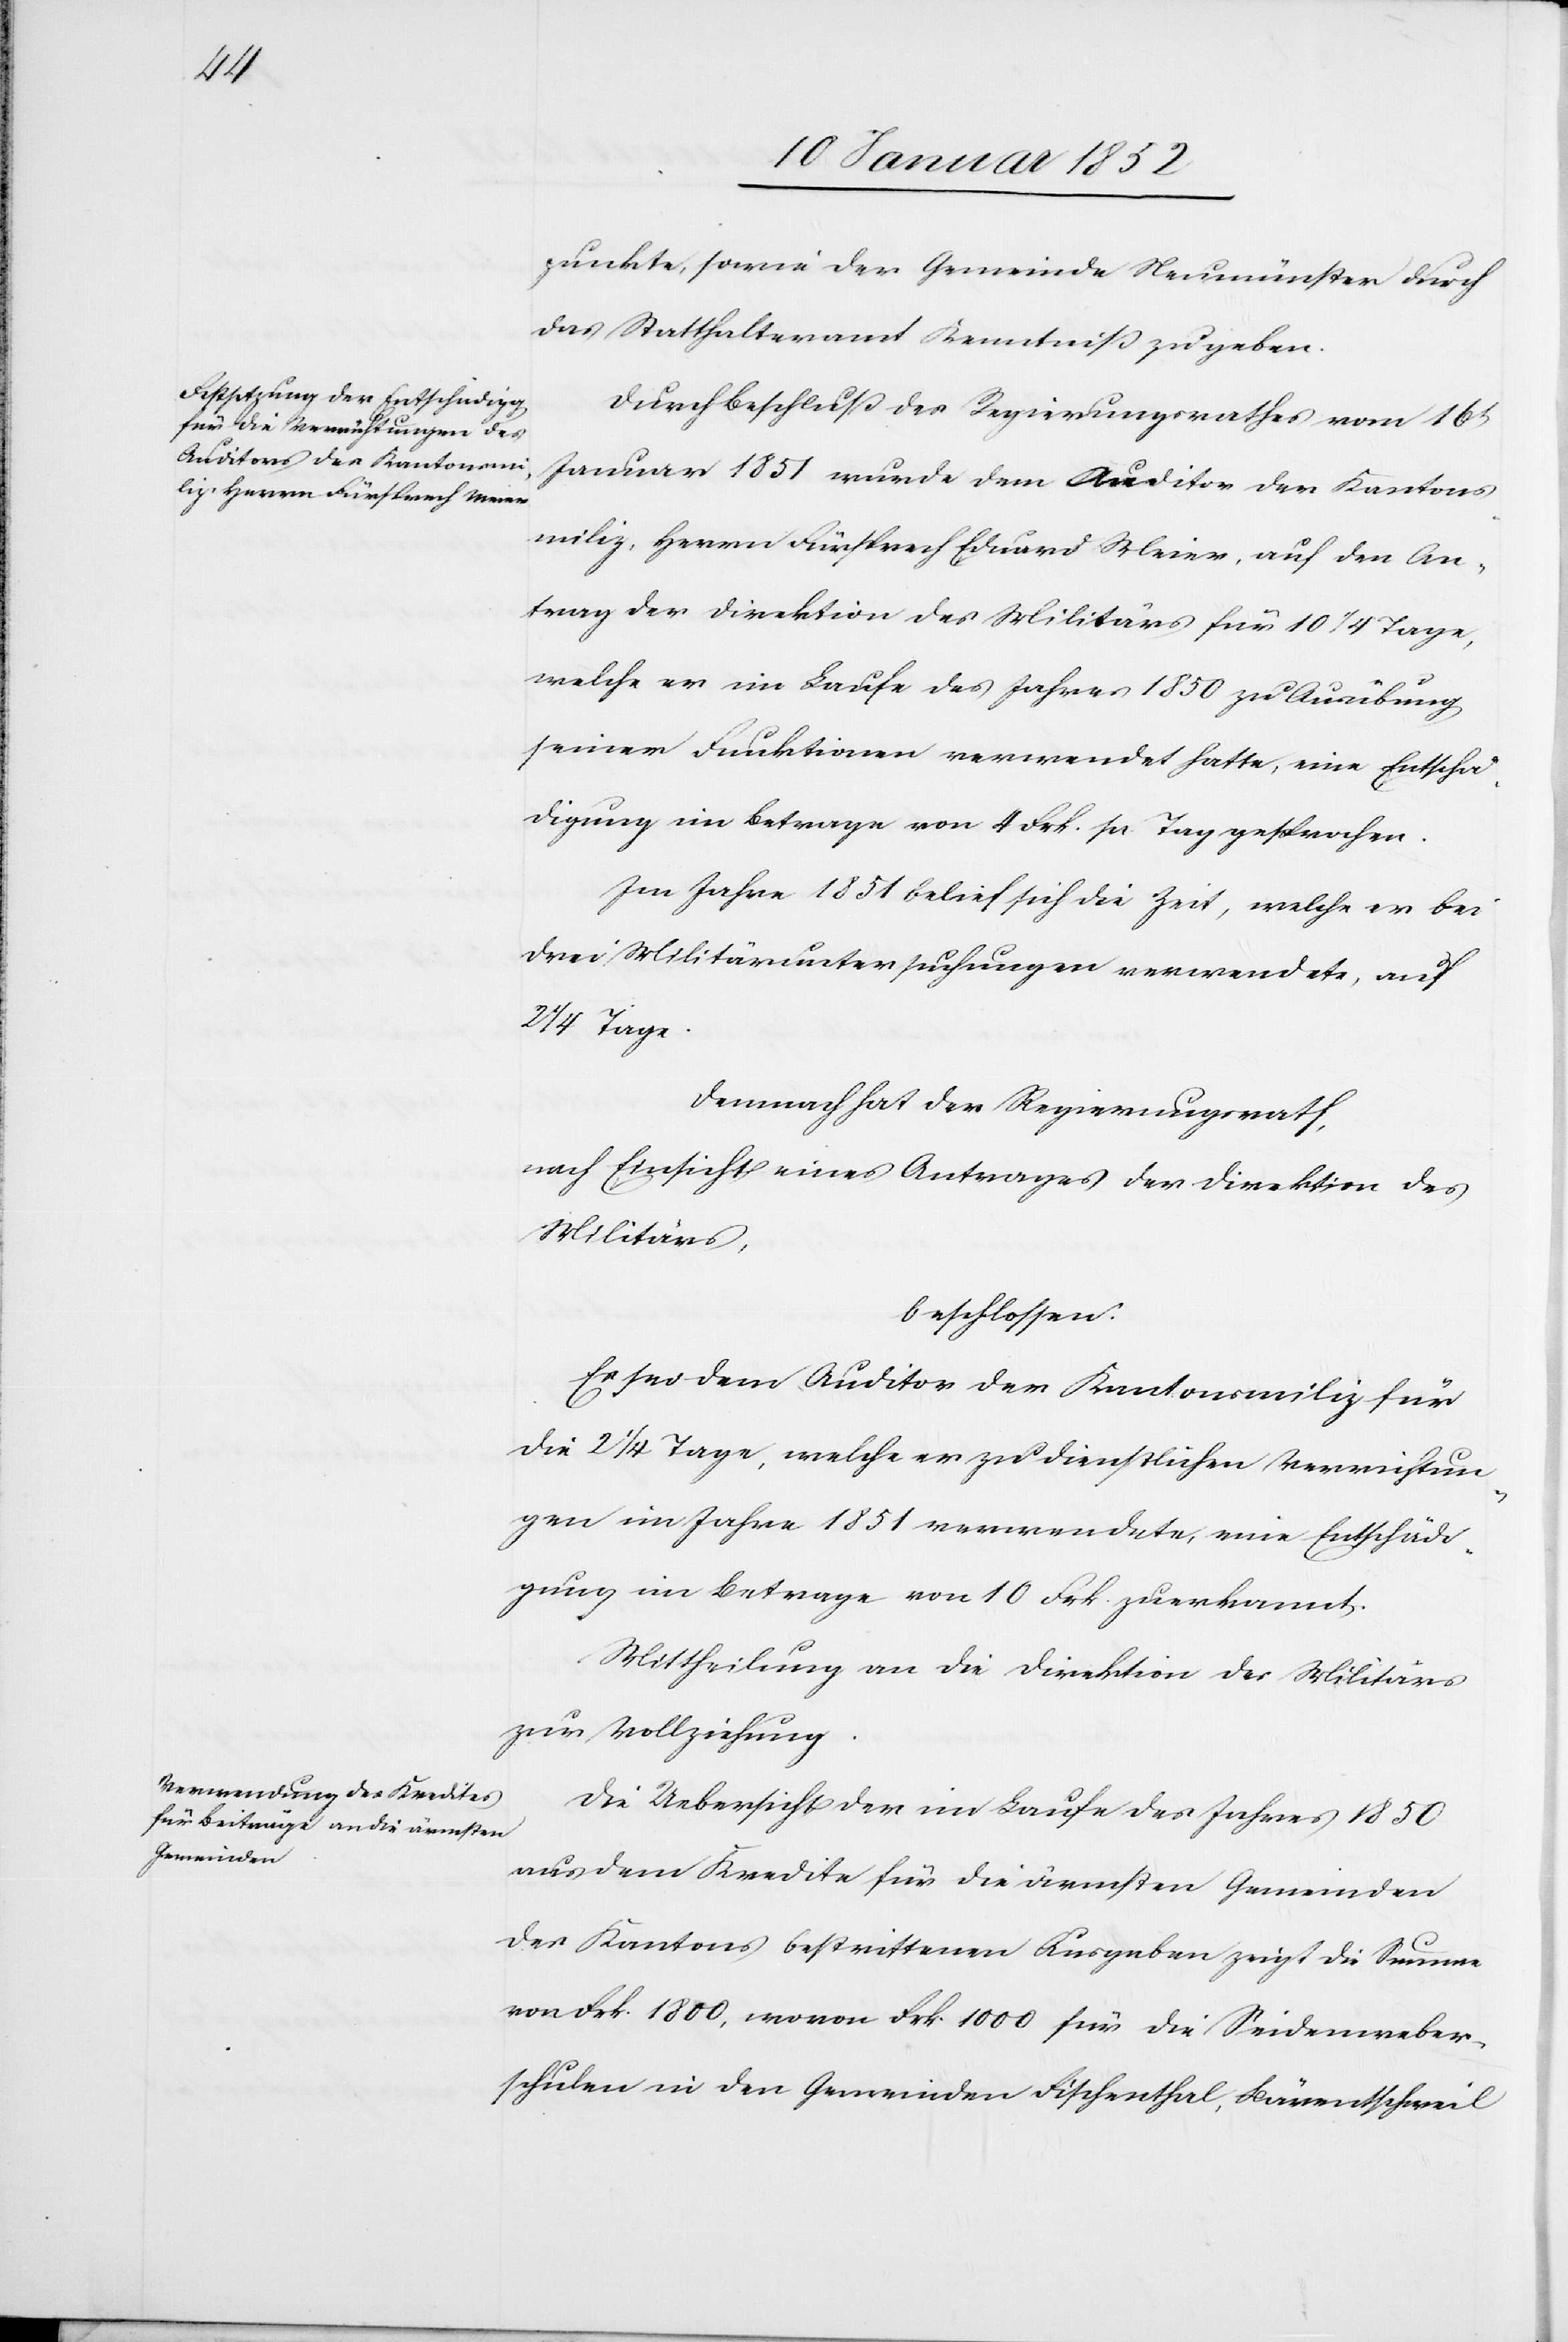
punkte, sowie der Gemeinde Neumünster durch
das Statthalteramt Kenntniß zu geben.
Januar 1851 wurde dem Auditor der Kantons¬
miliz, Herrn Fürsprech Eduard Meier, auf den An¬
trag der Direktion des Militärs für 10 1/4 Tage,
welche er im Laufe des Jahres 1850 zu Ausübung
seiner Funktionen verwendet hatte, eine Entschä¬
digung im Betrage von 4 Frk. zu Tag gesprochen.
Im Jahre 1851 belief sich die Zeit, welche er bei
drei Militäruntersuchungen verwendete, auf
1/4 Tage.
Demnach hat der Regierungsrath,
Nach Einsicht eines Antrages der Direktion des
Militärs,
beschlossen.
Es sei dem Auditor der Kantonsmiliz für
die 2 1/4 Tage, welche er zu dienstlichen Verrichtun¬
gen im Jahre 1851 verwendete, eine Entschädi¬
gung im Betrage von 10 Frk. zuerkannt.
Mittheilung an die Direktion des Militärs
zur Vollziehung.
Die Uebersicht im Laufe des Jahres 1850
aus dem Kredite für die ärmsten Gemeinden
des Kantons bestrittenen Ausgaben zeigt die Summe
von Frk. 1800, wovon Frk. 1000 für die Seidenweber¬
schulen in den Gemeinden Fischenthal, Bärentschweil